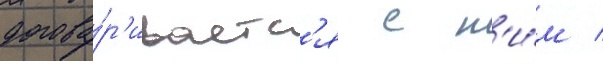
догова́р'иваетс'я с н'и́м /